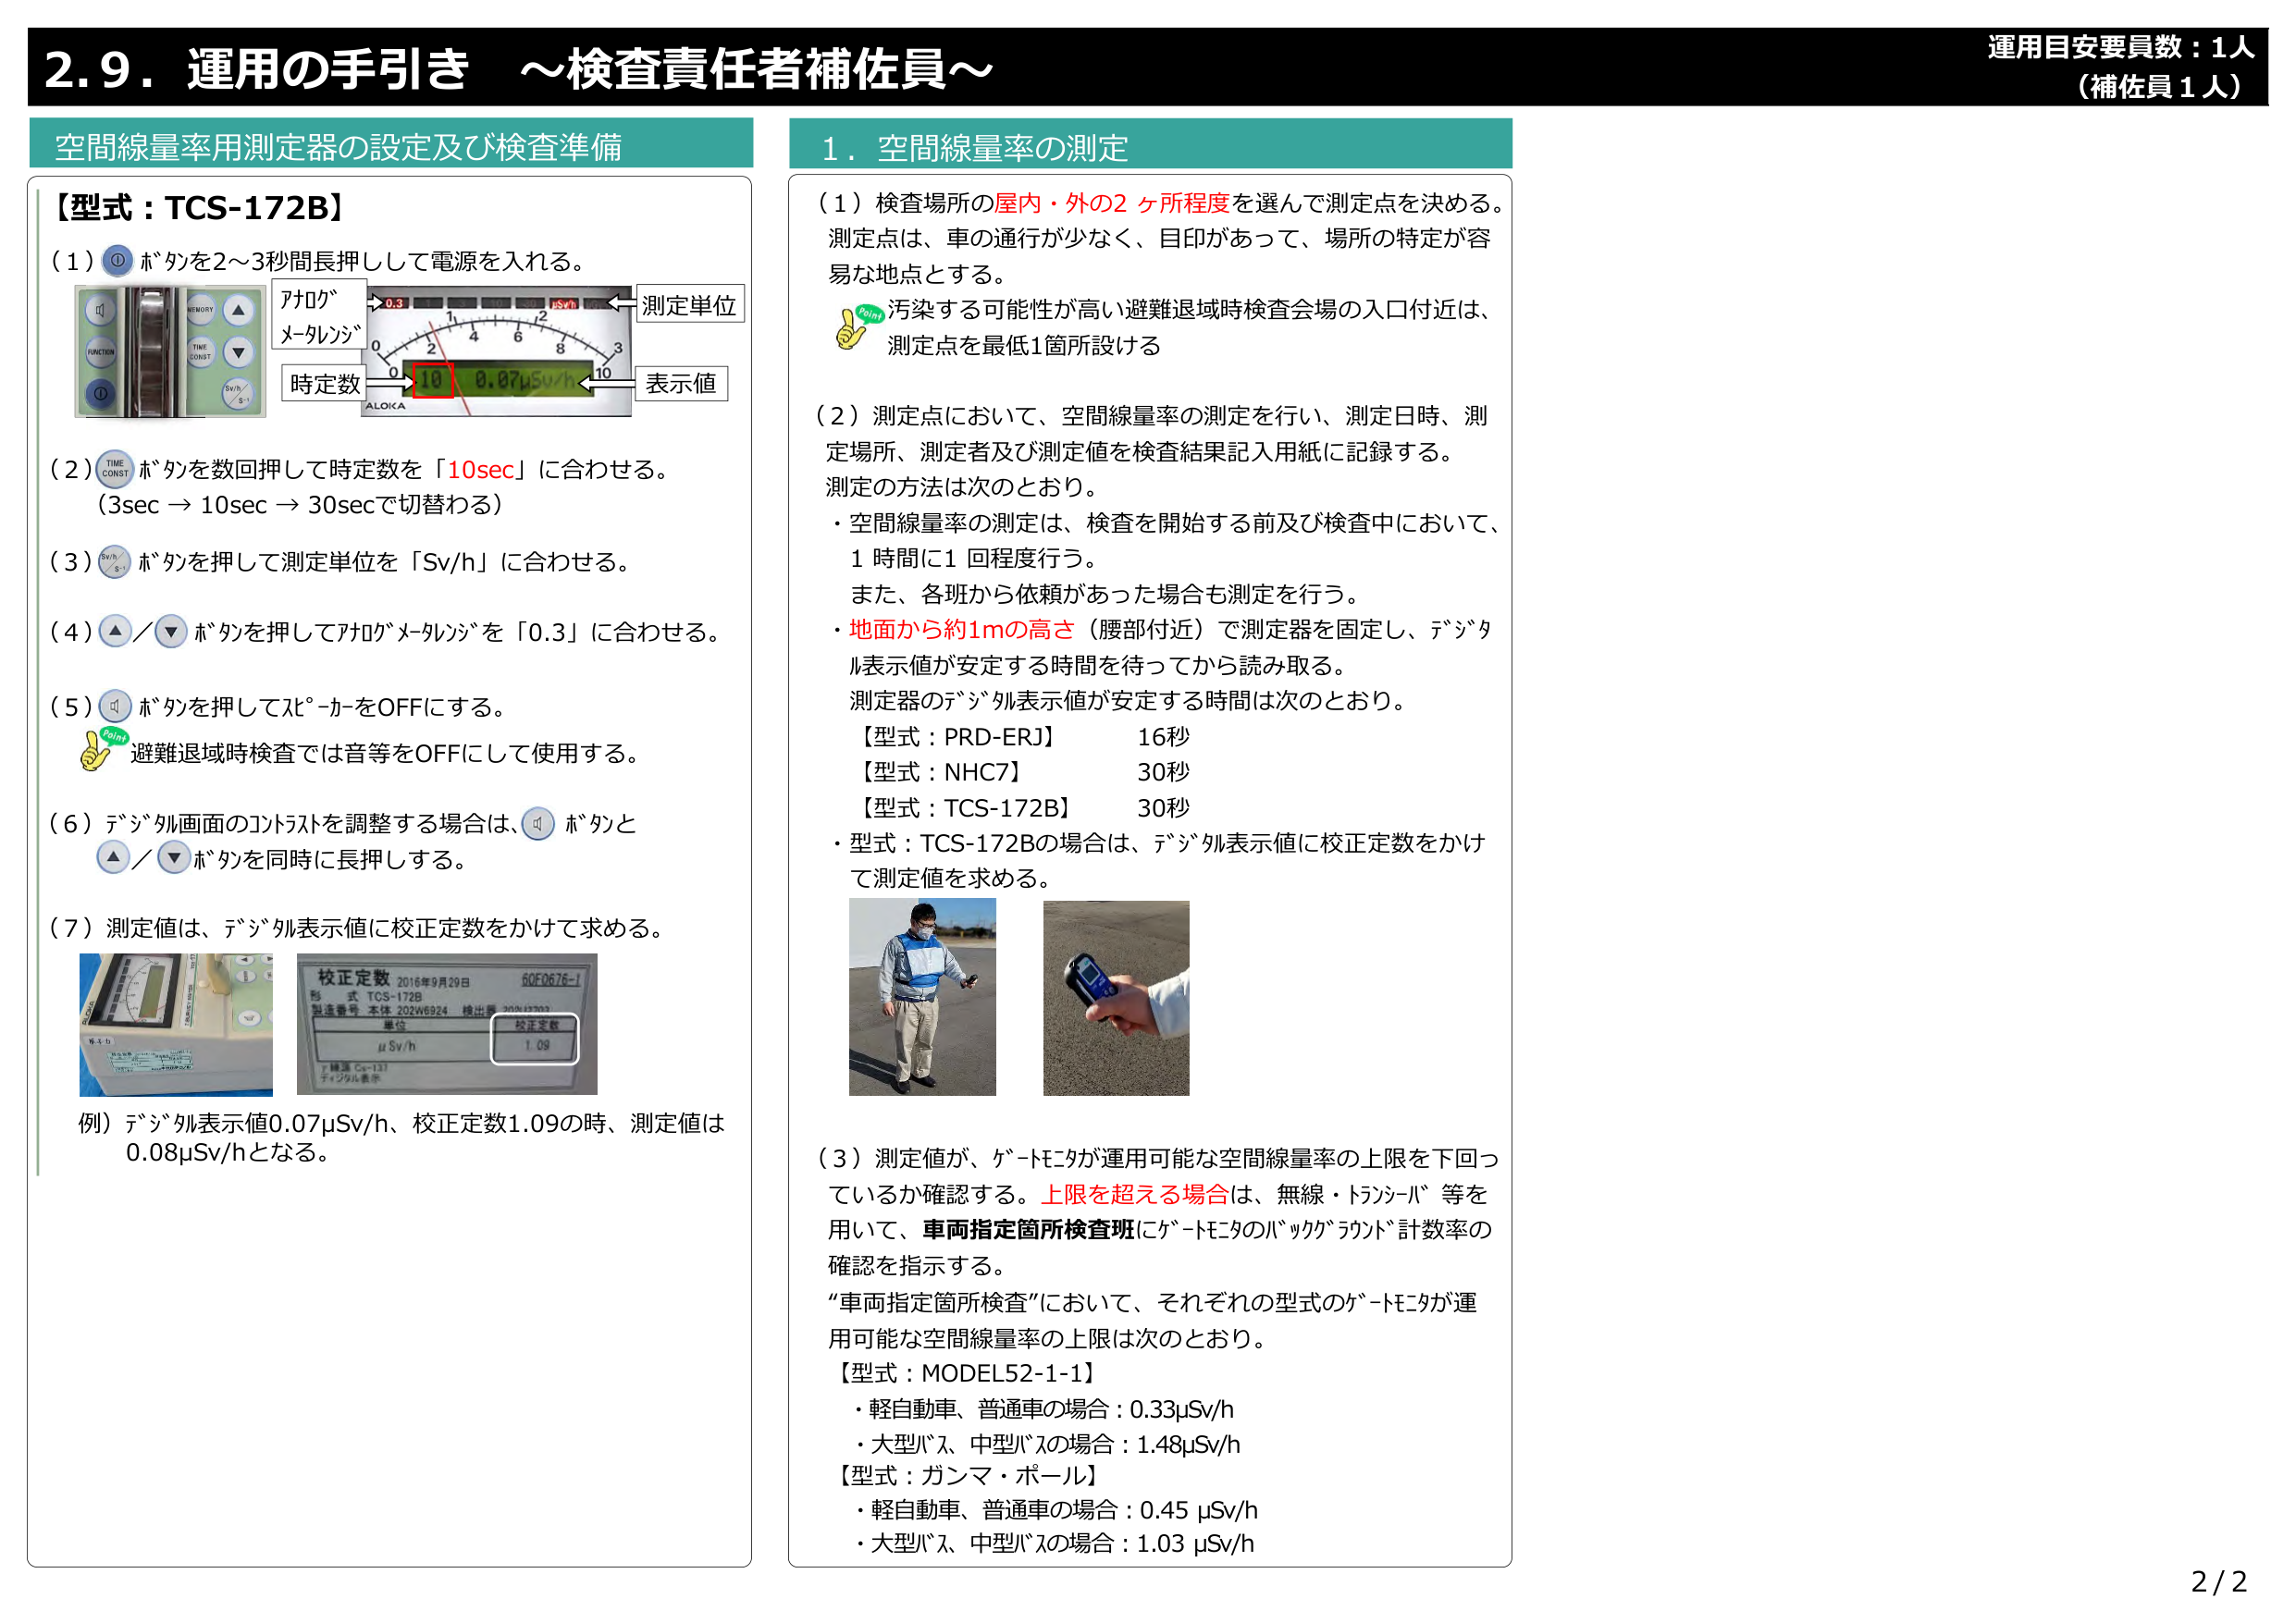
2.9. 運用の手引き ～検査責任者補佐員～

運用目安要員数：1人
（補佐員1人）

空間線量率用測定器の設定及び検査準備

【型式：TCS-172B】

（1）① ボタンを2～3秒間長押しして電源を入れる。
アロガ
メータレンジ
時定数
測定単位
表示値
ALOKA
0.3
1
2
4
6
8
10
0
10
0.07μSv/h
Sv/h
S-1

（2）TIME CONST ボタンを数回押して時定数を「10sec」に合わせる。
（3sec → 10sec → 30secで切替わる）

（3）Sv/h S-1 ボタンを押して測定単位を「Sv/h」に合わせる。

（4）▲／▼ ボタンを押してアロガメータレンジを「0.3」に合わせる。

（5）① ボタンを押してスピーカーをOFFにする。
Point
避難退域時検査では音等をOFFにして使用する。

（6）デジタル画面のコントラストを調整する場合は、① ボタンと ▲／▼ ボタンを同時に長押しする。

（7）測定値は、デジタル表示値に校正定数をかけて求める。
校正定数 2016年9月20日 60FD676-1
型式 TCS-172B
製造番号 本体 202W6924 検出器 202W2703
単位
μSv/h
校正定数
1.09
γ線源 Cs-137
デジタル表示

例）デジタル表示値0.07μSv/h、校正定数1.09の時、測定値は
0.08μSv/hとなる。

1. 空間線量率の測定

（1）検査場所の屋内・外の2ヶ所程度を選んで測定点を決める。
測定点は、車の通行が少なく、目印があって、場所の特定が容易な地点とする。
Point
汚染する可能性が高い避難退域時検査会場の入口付近は、
測定点を最低1箇所設ける

（2）測定点において、空間線量率の測定を行い、測定日時、測定場所、測定者及び測定値を検査結果記入用紙に記録する。
測定の方法は次のとおり。
・空間線量率の測定は、検査を開始する前及び検査中において、1時間に1回程度行う。
また、各班から依頼があった場合も測定を行う。
・地面から約1mの高さ（腰部付近）で測定器を固定し、デジタル表示値が安定する時間を待ってから読み取る。
測定器のデジタル表示値が安定する時間は次のとおり。
【型式：PRD-ERJ】 16秒
【型式：NHC7】 30秒
【型式：TCS-172B】 30秒
・型式：TCS-172Bの場合は、デジタル表示値に校正定数をかけて測定値を求める。

（3）測定値が、ゲートモニタが運用可能な空間線量率の上限を下回っているか確認する。上限を超える場合は、無線・トランシーバー等を用いて、車両指定箇所検査班にゲートモニタのバックグラウンド計数率の確認を指示する。
“車両指定箇所検査”において、それぞれの型式のゲートモニタが運用可能な空間線量率の上限は次のとおり。
【型式：MODEL52-1-1】
・軽自動車、普通車の場合：0.33μSv/h
・大型バス、中型バスの場合：1.48μSv/h
【型式：ガンマ・ポール】
・軽自動車、普通車の場合：0.45 μSv/h
・大型バス、中型バスの場合：1.03 μSv/h

2/2